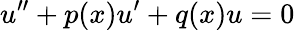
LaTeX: u^{\prime\prime}+p(x)u^{\prime}+q(x)u=0